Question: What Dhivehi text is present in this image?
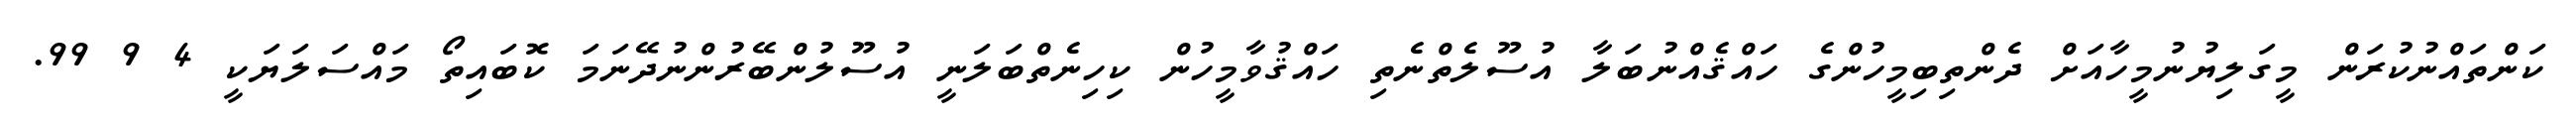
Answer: ކަންތައްނުކުރަން މީގަލިޔުނުމީހާއަށް ދެންތިބިމީހުންގެ ހައްޤެއްނުބަލާ އުސޫލެތްނެތި ހައްޤުވާމީހުން ކިހިނެތްބަލަނީ އުސޫލުންބޭރުންނުދޭނަމަ ކޮބައިތޯ މައްސަލަޔަކީ 4 9 99.